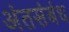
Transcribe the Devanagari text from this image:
अंतसंबंध